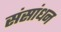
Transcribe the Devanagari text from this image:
संसांधन